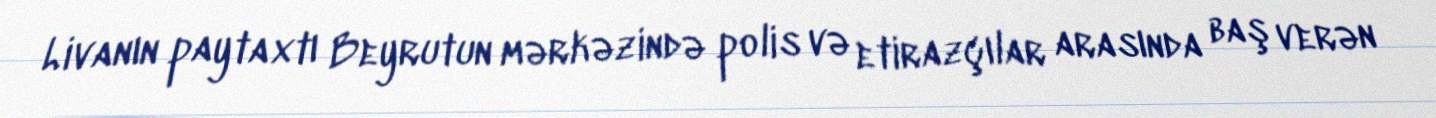
Livanın paytaxtı Beyrutun mərkəzində polis və etirazçılar arasında baş verən